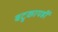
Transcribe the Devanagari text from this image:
बटुकायह्रीं